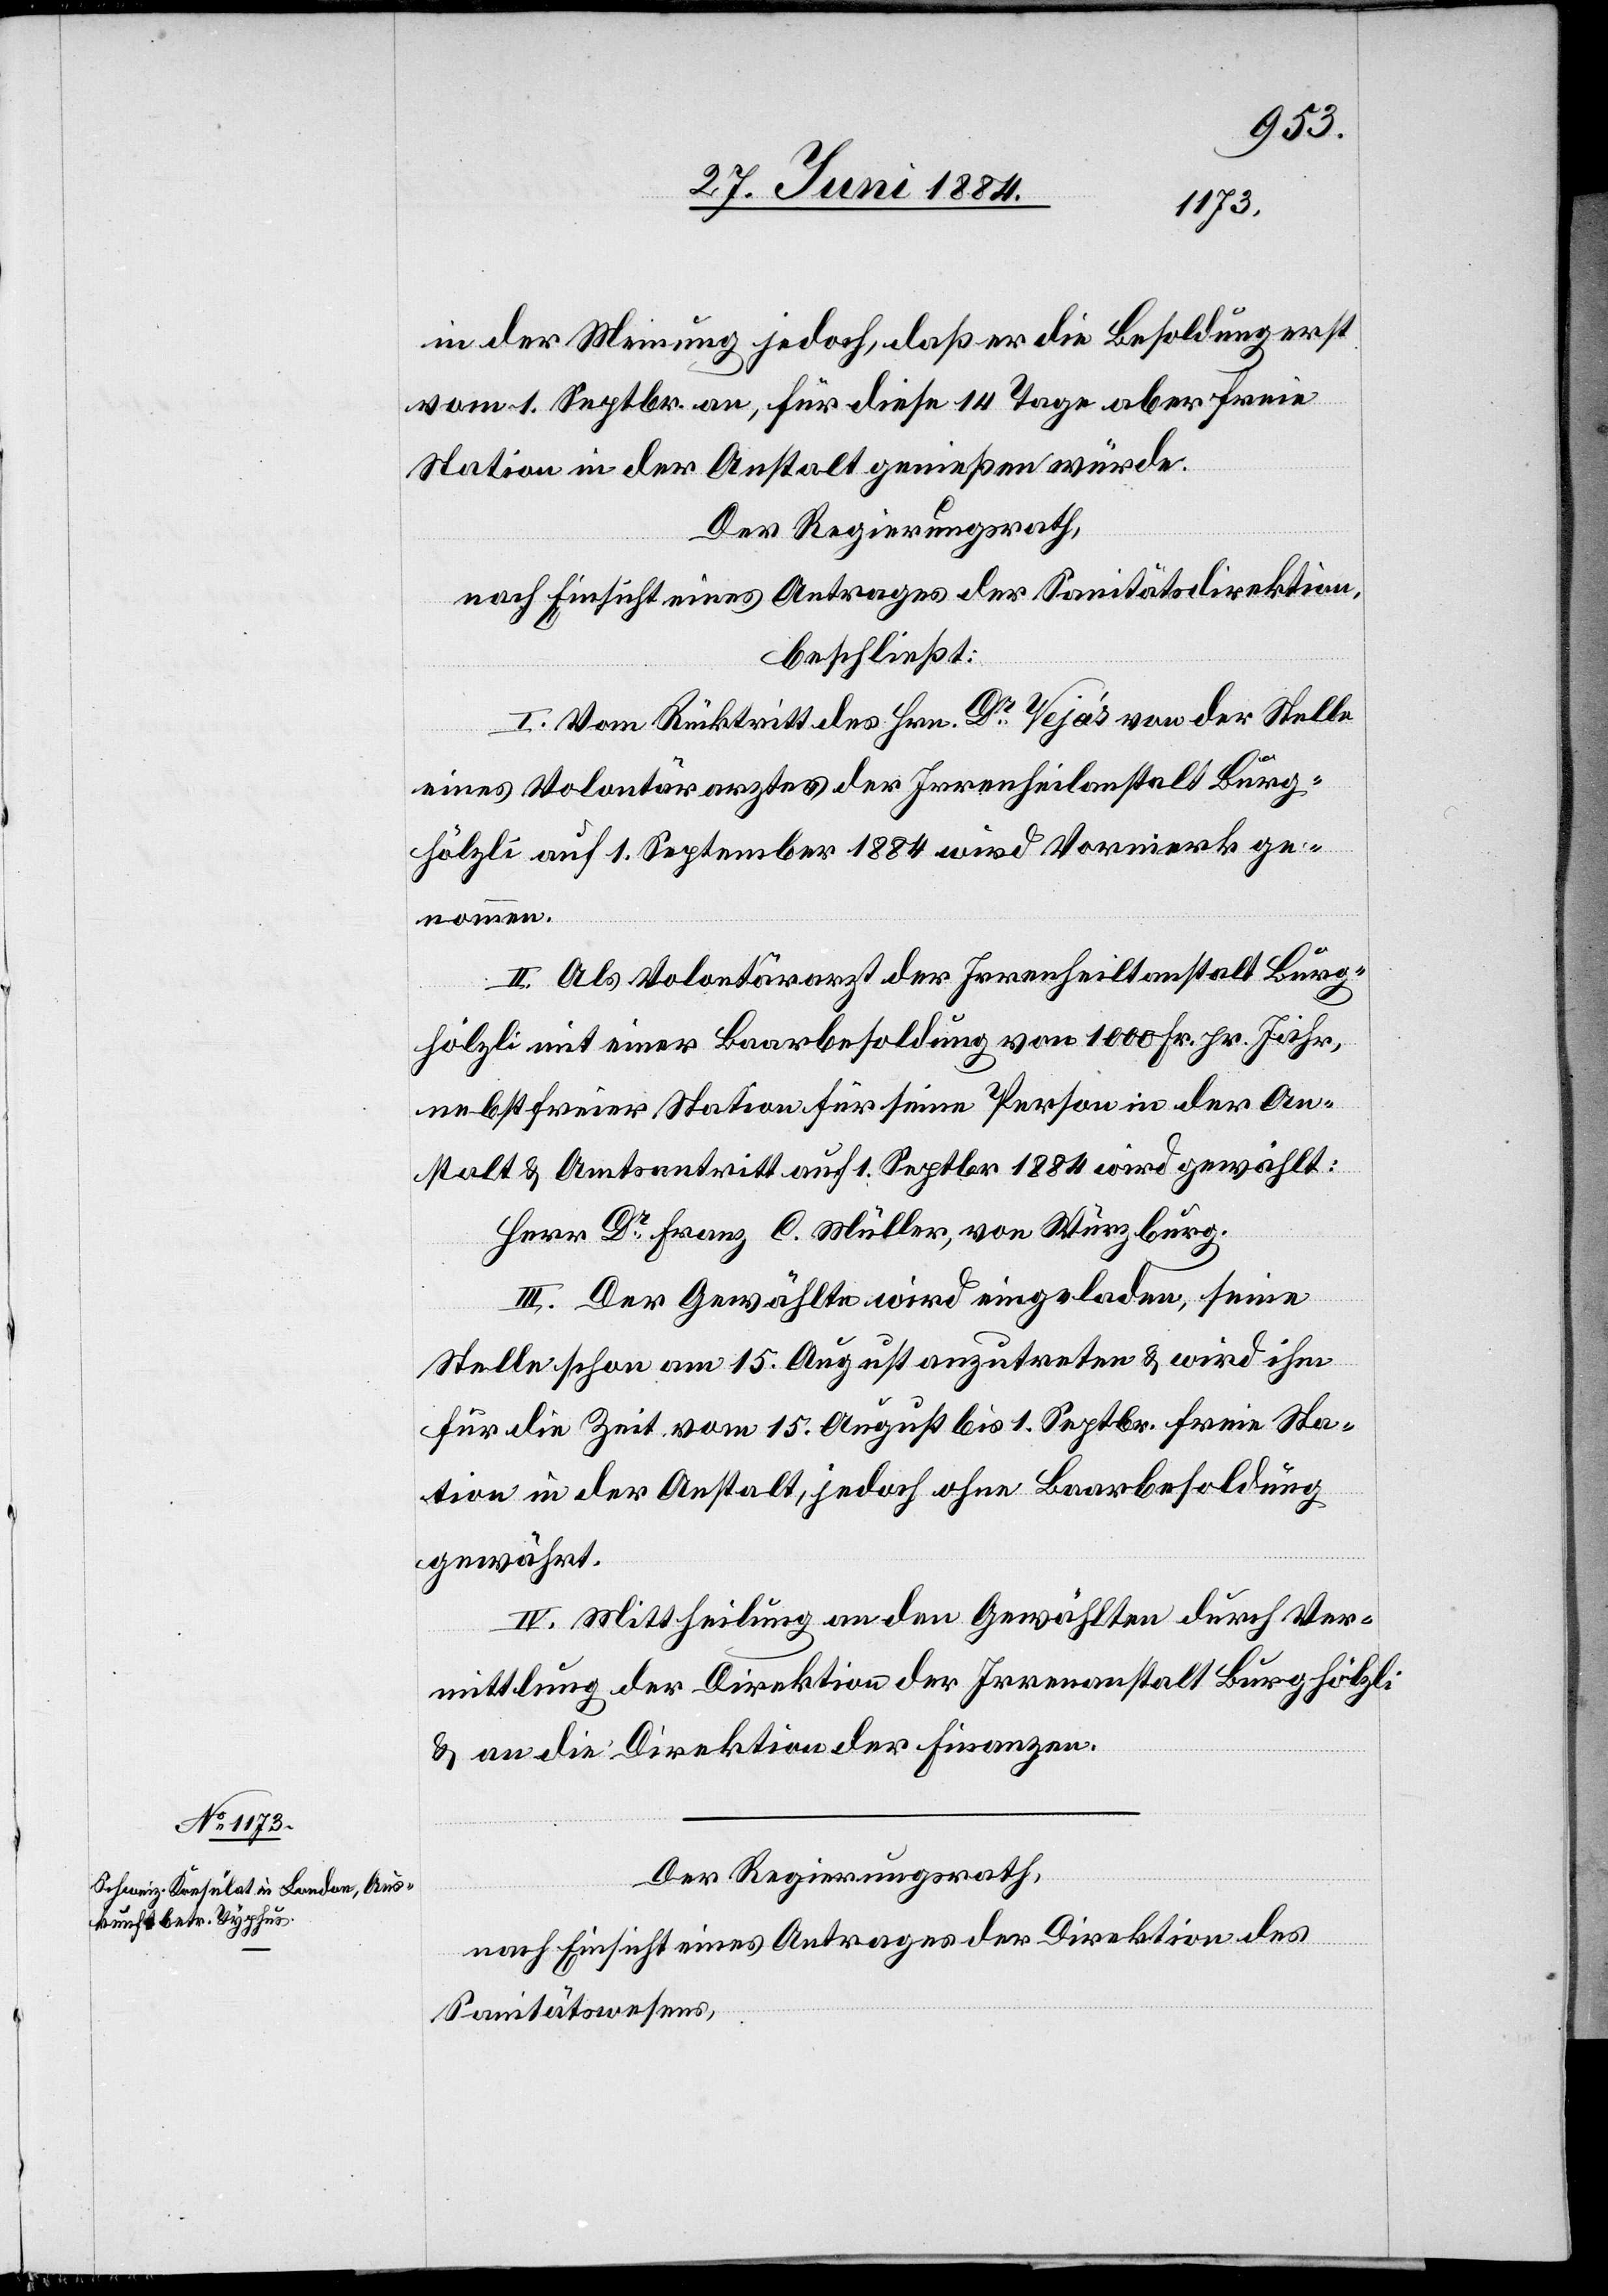
in der Meinung jedoch, daß er die Besoldung erst
vom 1. Septbr. an für diese 14 Tage aber freie
Station in der Anstalt genießen würde.
Der Regierungsrath,
nach Einsicht eines Antrages der Sanitätsdirektion,
beschließt:
I. Vom Rücktritt des Hrn. Dr Vejas von der Stelle
eines Volontärarztes der Irrenheilanstalt Burg¬
hölzli auf 1. September 1884 wird Vormerk ge¬
nommen.
II. Als Volontärarzt der Irrenheilanstalt Burg¬
hölzli mit einer Baarbesoldung von 1000 Fr. pr. Jahr,
nebst freier Station für seine Person in der An¬
stalt & Amtsantritt auf 1. Septbr. 1884 wird gewählt:
Herr Dr Franz C. Müller, von Würzburg.
III. Der Gewählte wird eingeladen, seine
Stelle schon am 15. August anzutreten & wird ihm
für die Zeit vom 15. August bis 1. Septbr. freie Sta¬
tion in der Anstalt, jedoch ohne Baarbesoldung
gewährt.
IV. Mittheilung an den Gewählten durch Ver¬
mittlung der Direktion der Irrenanstalt Burghölzli
& an die Direktion der Finanzen.
Der Regierungsrath,
nach Einsicht eines Antrages der Direktion des
Sanitätswesens,